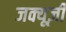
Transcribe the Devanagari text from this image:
जक्यूज़ी